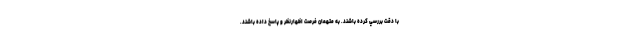
با دقت بررسي كرده باشند. به متهمان فرصت اظهارنظر و پاسخ داده باشند.